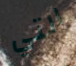
التي